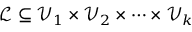
\mathcal { L } \subseteq \mathcal { V } _ { 1 } \times \mathcal { V } _ { 2 } \times \cdots \times \mathcal { V } _ { k }